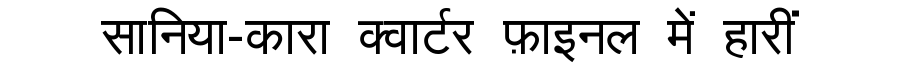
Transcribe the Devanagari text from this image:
सानिया-कारा क्वार्टर फ़ाइनल में हारीं